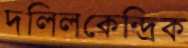
দলিলকেন্দ্রিক